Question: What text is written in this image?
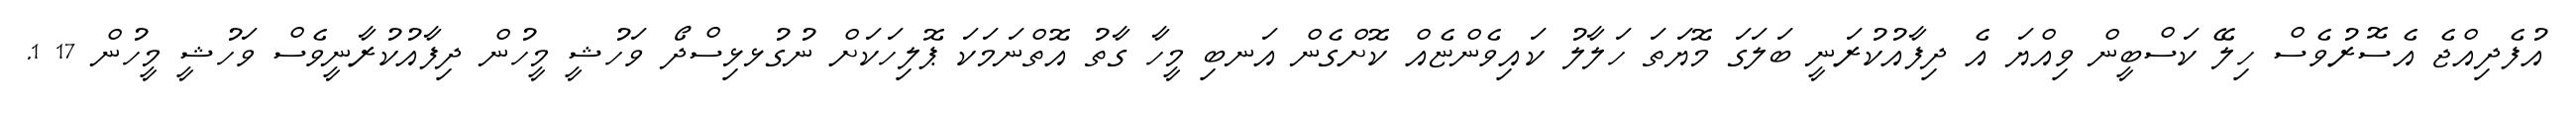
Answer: އުފެދިއްޖެ އެސޮރުވެސް ހިލޭ ކަސްބީން ވިއްޔަ އެ ދިފާއުކުރަނީ ބަލަގަ މޮޔަތަ ހަލާލު ކައިވެންޏެއް ކޮށްގެން އަނބި މީހާ ގާތު އޮތްނަމަކަ ޕޮލިހަކަށް ނުގުޅޅިސްދޯ ވަހުޝީ މީހުން ދިފާއުކުރާނީވެސް ވަހުޝީ މީހުން 17 1.